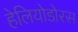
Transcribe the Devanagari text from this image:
हेलियोडोरस